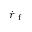
\dot { r } _ { \mathrm { ~ f ~ } }